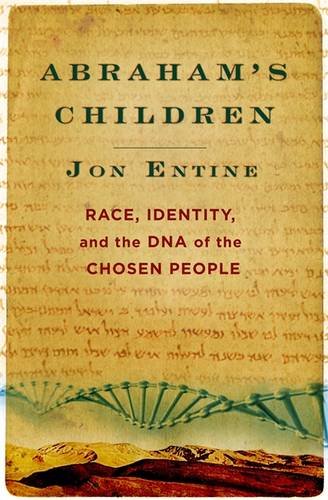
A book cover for Abraham's Children: Race, Identity, and the DNA of the Chosen People; Jon Entine; Politics & Social Sciences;